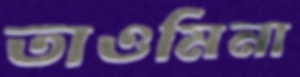
তাওমিনা